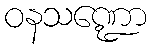
ဝနသဏ္ဍော